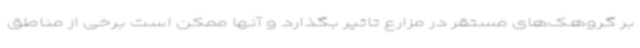
بر گروهک‌های مستقر در مزارع تاثیر بگذارد و آنها ممکن است برخی از مناطق